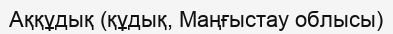
Аққұдық (құдық, Маңғыстау облысы)